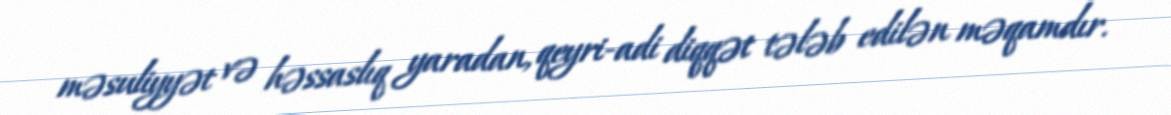
məsuliyyət və həssaslıq yaradan, qeyri-adi diqqət tələb edilən məqamdır.